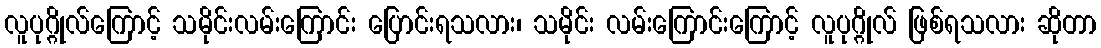
လူပုဂ္ဂိုလ်ကြောင့် သမိုင်းလမ်းကြောင်း ပြောင်းရသလား၊ သမိုင်း လမ်းကြောင်းကြောင့် လူပုဂ္ဂိုလ် ဖြစ်ရသလား ဆိုတာ